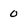
Character: 0